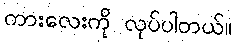
ကားလေးကို လုပ်ပါတယ်။